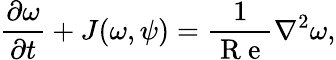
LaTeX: \frac{\partial\omega}{\partial t}+J(\omega,\psi)=\frac{1}{\mathrm{~R~e~}}\nabla^{2}\omega,